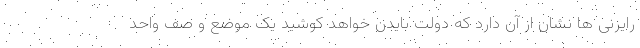
رایزنی ها نشان از آن دارد که دولت بایدن خواهد کوشید یک موضع و صف واحد